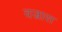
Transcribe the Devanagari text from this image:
वज्रास